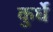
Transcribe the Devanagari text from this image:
कुर्धे